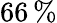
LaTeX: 66\, \%